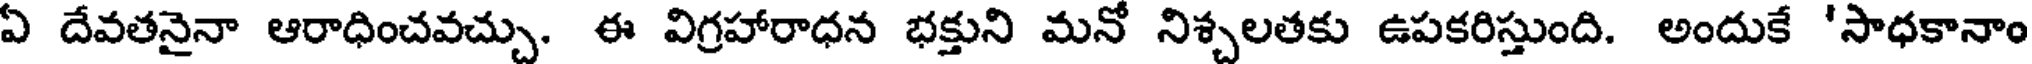
ఏ దేవతనైనా ఆరాధించవచ్చు. ఈ విగ్రహారాధన భక్తుని మనో నిశ్చలతకు ఉపకరిస్తుంది. అందుకే 'సాధకానాం